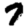
Digit: 7